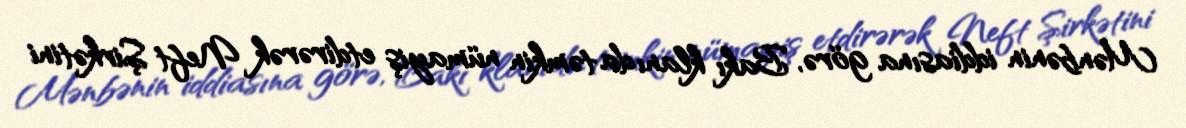
Mənbənin iddiasına görə, Bakı klanı da təmkin nümayiş etdirərək Neft Şirkətini